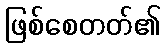
ဖြစ်စေတတ်၏